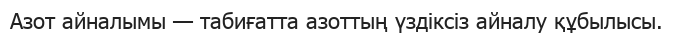
Азот айналымы — табиғатта азоттың үздіксіз айналу құбылысы.